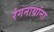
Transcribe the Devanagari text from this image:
रंगनाथांना